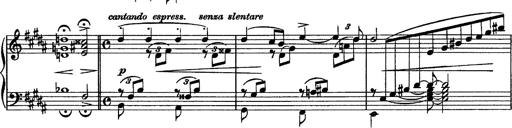
Title: Piano Sonata
Composer: Karl HÃ¤ssler
Key: C major